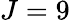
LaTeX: J=9